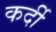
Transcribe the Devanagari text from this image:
कर्दी